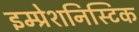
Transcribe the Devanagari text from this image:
इम्प्रेशनिस्टिक